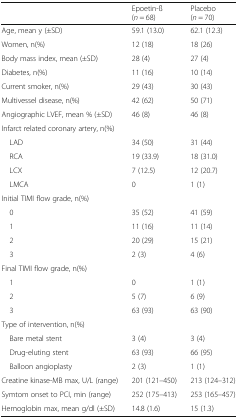
<table><thead><tr><td></td><td><b>Epoetin-ß(<i>n</i> = 68)</b></td><td><b>Placebo(<i>n</i> = 70)</b></td></tr></thead><tbody><tr><td>Age, mean y (±SD)</td><td>59.1 (13.0)</td><td>62.1 (12.3)</td></tr><tr><td>Women, n(%)</td><td>12 (18)</td><td>18 (26)</td></tr><tr><td>Body mass index, mean (±SD)</td><td>28 (4)</td><td>27 (4)</td></tr><tr><td>Diabetes, n(%)</td><td>11 (16)</td><td>10 (14)</td></tr><tr><td>Current smoker, n(%)</td><td>29 (43)</td><td>30 (43)</td></tr><tr><td>Multivessel disease, n(%)</td><td>42 (62)</td><td>50 (71)</td></tr><tr><td>Angiographic LVEF, mean % (±SD)</td><td>46 (8)</td><td>46 (8)</td></tr><tr><td colspan="3">Infarct related coronary artery, n(%)</td></tr><tr><td> LAD</td><td>34 (50)</td><td>31 (44)</td></tr><tr><td> RCA</td><td>19 (33.9)</td><td>18 (31.0)</td></tr><tr><td> LCX</td><td>7 (12.5)</td><td>12 (20.7)</td></tr><tr><td> LMCA</td><td>0</td><td>1 (1)</td></tr><tr><td colspan="3">Initial TIMI flow grade, n(%)</td></tr><tr><td> 0</td><td>35 (52)</td><td>41 (59)</td></tr><tr><td> 1</td><td>11 (16)</td><td>11 (14)</td></tr><tr><td> 2</td><td>20 (29)</td><td>15 (21)</td></tr><tr><td> 3</td><td>2 (3)</td><td>4 (6)</td></tr><tr><td colspan="3">Final TIMI flow grade, n(%)</td></tr><tr><td> 1</td><td>0</td><td>1 (1)</td></tr><tr><td> 2</td><td>5 (7)</td><td>6 (9)</td></tr><tr><td> 3</td><td>63 (93)</td><td>63 (90)</td></tr><tr><td colspan="3">Type of intervention, n(%)</td></tr><tr><td> Bare metal stent</td><td>3 (4)</td><td>3 (4)</td></tr><tr><td> Drug-eluting stent</td><td>63 (93)</td><td>66 (95)</td></tr><tr><td> Balloon angioplasty</td><td>2 (3)</td><td>1 (1)</td></tr><tr><td>Creatine kinase-MB max, U/L (range)</td><td>201 (121–450)</td><td>213 (124–312)</td></tr><tr><td>Symtom onset to PCI, min (range)</td><td>252 (175–413)</td><td>253 (165–457)</td></tr><tr><td>Hemoglobin max, mean g/dl (±SD)</td><td>14.8 (1.6)</td><td>15 (1.3)</td></tr></tbody></table>